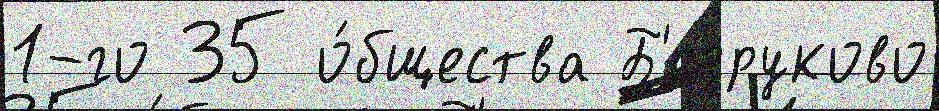
1-го 35 о́бщества Б'езруково